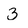
Character: 3